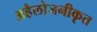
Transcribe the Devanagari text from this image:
अहैलोजनीकृत